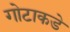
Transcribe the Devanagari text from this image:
गोटाकडे